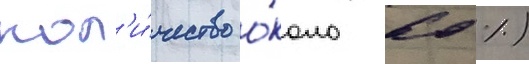
кол'и́чество о́коло 60 %)